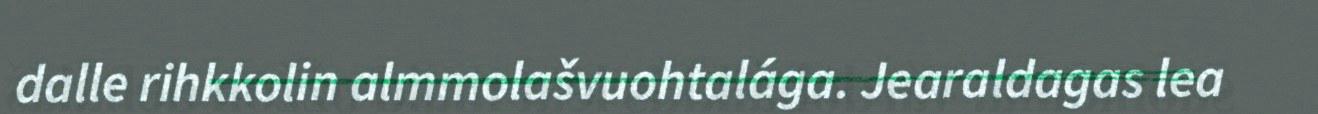
dalle rihkkolin almmolašvuohtalága. Jearaldagas lea